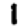
Digit: 1